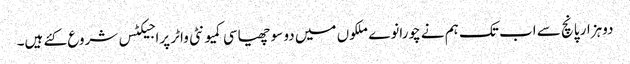
دوہزار پانچ سے اب تک ہم نے چورانوے ملکوں میں دو سو چھیاسی کمیونٹی واٹر پراجیکٹس شروع کئے ہیں۔